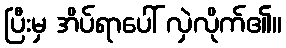
ပြီးမှ အိပ်ရာပေါ် လှဲလိုက်၏။